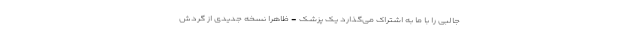
جالبی را با ما به اشتراک می‌گذارد یک پزشک - ظاهرا نسخه جدیدی از گردش